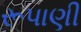
રૂપાણી